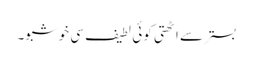
بستر سے اٹھتی کوئی لطیف سی خوشبو۔